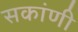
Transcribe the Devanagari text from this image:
सकांणी